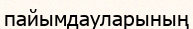
пайымдауларының